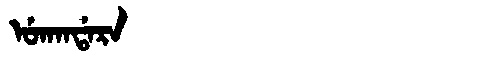
Manchu: ᡠᡴᠠᠨᡩᠠᡵᠠ
Romanization: UKANDARA